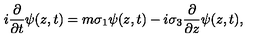
i \frac { \partial } { \partial t } \psi ( z , t ) = m \sigma _ { 1 } \psi ( z , t ) - i \sigma _ { 3 } \frac { \partial } { \partial z } \psi ( z , t ) ,